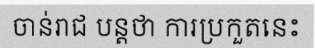
ចាន់រាជ បន្តថា ការប្រកួតនេះ